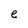
Character: e